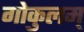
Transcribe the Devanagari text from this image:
गोकुलम्